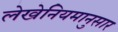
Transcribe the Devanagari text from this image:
लेखेनियमानुसार